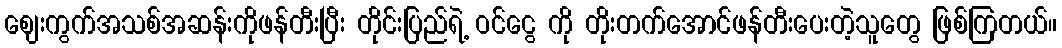
ဈေးကွက်အသစ်အဆန်းကိုဖန်တီးပြီး တိုင်းပြည်ရဲ့ ဝင်ငွေ ကို တိုးတက်အောင်ဖန်တီးပေးတဲ့သူတွေ ဖြစ်ကြတယ်။